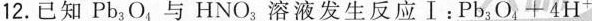
12.已知Pb_{3}O_{4}，与HNO_{3}溶液发生反应Ⅰ：$$P b _ { 3 } O _ { 4 } + 4